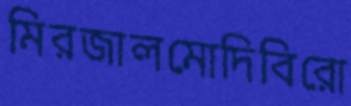
মিরজালমোদিবিরো